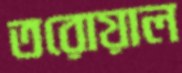
তরোয়াল